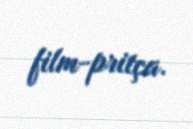
film-pritça.